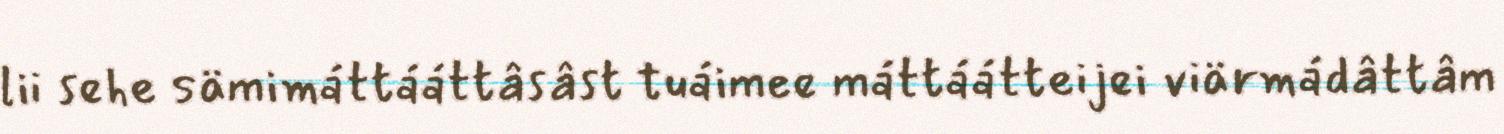
lii sehe sämimáttááttâsâst tuáimee máttáátteijei viärmádâttâm